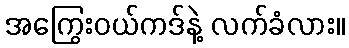
အကြွေးဝယ်ကဒ်နဲ့ လက်ခံလား။